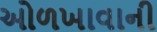
ઓળખાવાની